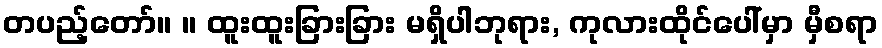
တပည့်တော်။ ။ ထူးထူးခြားခြား မရှိပါဘုရား, ကုလားထိုင်ပေါ်မှာ မှီစရာ